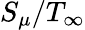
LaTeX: S_{\mu}/T_{\infty}